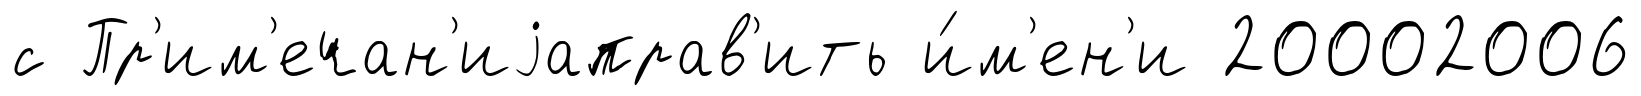
с Пр'им'ечан'иjаправ'ить и́м'ен'и 20002006